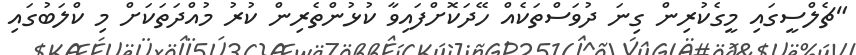
"ޗެލްސީގައި މީގެކުރިން ގިނަ ދުވަސްތަކެއް ހޭދަކޮށްފައިވާ ކުޅުންތެރިން ކުރު މުއްދަތަކަށް މި ކްލަބުގައި